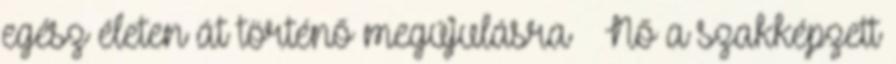
egész életen át történő megújulásra  Nő a szakképzett